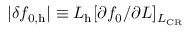
\vert \delta f _ { 0 , \mathrm { h } } \vert \equiv L _ { \mathrm { h } } [ \partial f _ { 0 } / \partial L ] _ { L _ { \mathrm { C R } } }